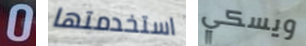
0 استخدمتها ويسكي